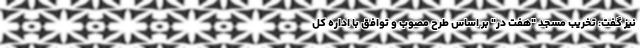
نیز گفت: تخریب مسجد "هفت در" بر اساس طرح مصوب و توافق با اداره کل